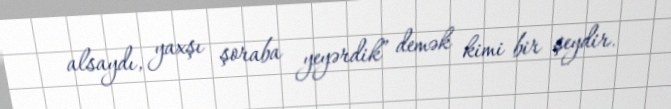
alsaydı, yaxşı şoraba yeyərdik” demək kimi bir şeydir.